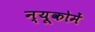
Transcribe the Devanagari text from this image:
न्यूकोमें